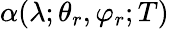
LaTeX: \alpha(\lambda;\theta_{r},\varphi_{r};T)